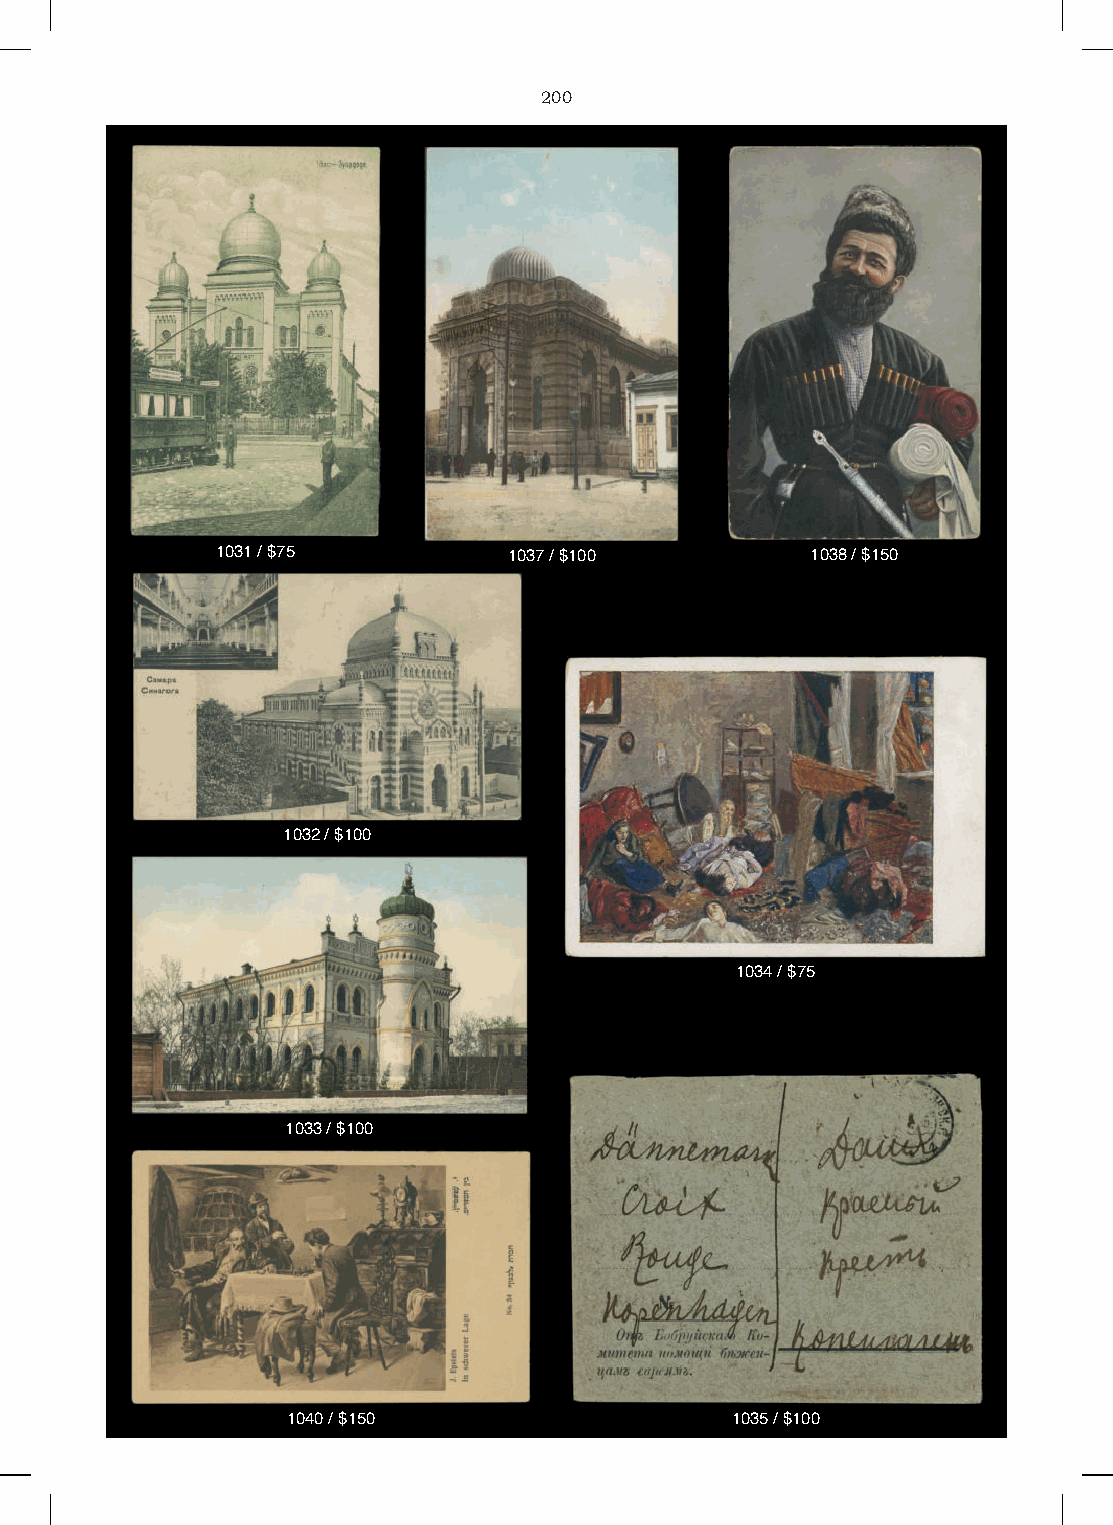
200
 1031 / $75          1037 / $100         1038 / $150
 1032 / $100
 1034 / $75
 1033 / $100
 1040 / $150                  1035 / $100